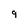
Character: 9